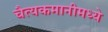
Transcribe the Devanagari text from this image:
चैत्यकमानीमध्ये